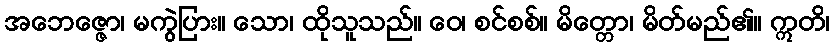
အဘေဇ္ဇော၊ မကွဲပြား။ သော၊ ထိုသူသည်။ ဝေ၊ စင်စစ်။ မိတ္တော၊ မိတ်မည်၏။ ဣတိ၊